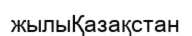
жылыҚазақстан